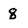
Character: 8